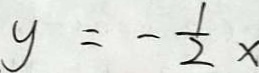
y = - \frac { 1 } { 2 } x